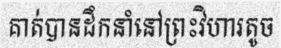
គាត់បានដឹកនាំនៅព្រះវិហារតូច